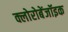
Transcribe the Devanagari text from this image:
क्लोरोबेंजॉइक